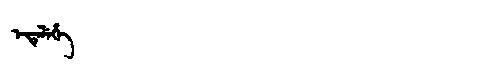
Manchu: ᡝᡩᡝᠯᡝᡥᡝ
Romanization: EDELEHE